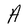
Character: A